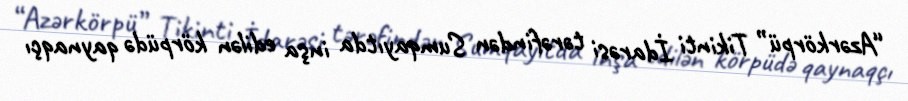
“Azərkörpü” Tikinti İdarəsi tərəfindən Sumqayıtda inşa edilən körpüdə qaynaqçı